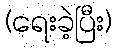
(ရေးခဲ့ပြီး)